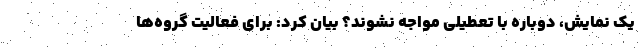
یک نمایش، دوباره با تعطیلی مواجه نشوند؟ بیان کرد: برای فعالیت گروه‌ها